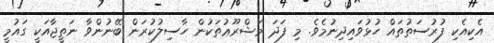
އެކިއެކި ފުރުސަތުތައް ހުޅުވައިދިނުމެވެ. މި ފަދަ މަޝްރޫޢުތަކުން ހާސިލުކުރަން ބޭނުންވާ ނަތީޖާއަކީ ގައުމީ